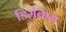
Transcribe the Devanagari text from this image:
डिमेबाग